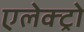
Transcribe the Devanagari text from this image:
एलेक्ट्रो